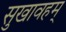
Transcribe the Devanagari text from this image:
सुखावहम्